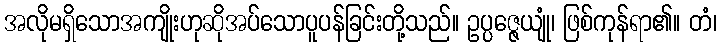
အလိုမရှိသောအကျိုးဟုဆိုအပ်သောပူပန်ခြင်းတို့သည်။ ဥပ္ပဇ္ဇေယျုံ၊ ဖြစ်ကုန်ရာ၏။ တံ၊